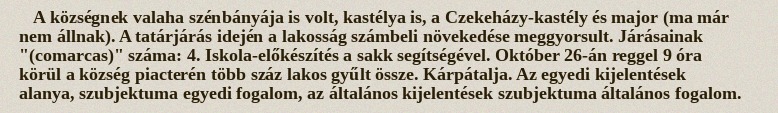
A községnek valaha szénbányája is volt, kastélya is, a Czekeházy-kastély és major (ma már nem állnak). A tatárjárás idején a lakosság számbeli növekedése meggyorsult. Járásainak "(comarcas)" száma: 4. Iskola-előkészítés a sakk segítségével. Október 26-án reggel 9 óra körül a község piacterén több száz lakos gyűlt össze. Kárpátalja. Az egyedi kijelentések alanya, szubjektuma egyedi fogalom, az általános kijelentések szubjektuma általános fogalom.